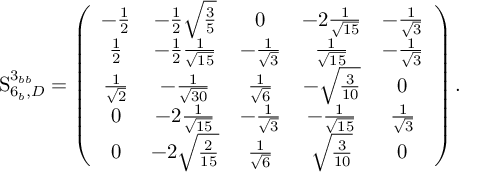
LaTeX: { \boldmath \mathrm { S } } _ { 6 _ { b } , D } ^ { 3 _ { b b } } = \left( \begin{array} { c c c c c } { { - { \frac { 1 } { 2 } } } } & { { - { \frac { 1 } { 2 } } { \sqrt { { \frac { 3 } { 5 } } } } } } & { { 0 } } & { { - 2 { \frac { 1 } { { \sqrt { 1 5 } } } } } } & { { - { \frac { 1 } { { \sqrt { 3 } } } } } } \\ { { { \frac { 1 } { 2 } } } } & { { - { \frac { 1 } { 2 } } { \frac { 1 } { { \sqrt { 1 5 } } } } } } & { { - { \frac { 1 } { { \sqrt { 3 } } } } } } & { { { \frac { 1 } { { \sqrt { 1 5 } } } } } } & { { - { \frac { 1 } { { \sqrt { 3 } } } } } } \\ { { { \frac { 1 } { { \sqrt { 2 } } } } } } & { { - { \frac { 1 } { { \sqrt { 3 0 } } } } } } & { { { \frac { 1 } { { \sqrt { 6 } } } } } } & { { - { \sqrt { { \frac { 3 } { 1 0 } } } } } } & { { 0 } } \\ { { 0 } } & { { - 2 { \frac { 1 } { { \sqrt { 1 5 } } } } } } & { { - { \frac { 1 } { { \sqrt { 3 } } } } } } & { { - { \frac { 1 } { { \sqrt { 1 5 } } } } } } & { { { \frac { 1 } { { \sqrt { 3 } } } } } } \\ { { 0 } } & { { - 2 { \sqrt { { \frac { 2 } { 1 5 } } } } } } & { { { \frac { 1 } { { \sqrt { 6 } } } } } } & { { { \sqrt { { \frac { 3 } { 1 0 } } } } } } & { { 0 } } \end{array} \right) .